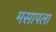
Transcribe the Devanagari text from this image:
मसापला